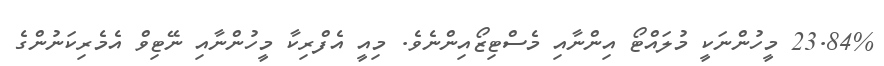
23.84% މީހުންނަކީ މުލައްޓޯ އިންނާއި މެސްޓިޒޯއިންނެވެ. މިއީ އެފްރިކާ މީހުންނާއި ނޭޓިވް އެމެރިކަނުންގެ